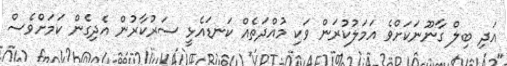
އަދި ބިލް ގާނޫނަކަށްވެ އަމަލުކުރަން ވަކި މުއްދަތެއް ކަނޑައެޅީ ސަރުކާރުން އެދިގެން ކަމަށްވެސް